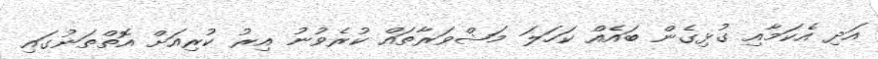
އަދި އެކަމާއި ގުޅިގެން ބައެއް ކަހަލަ މަޝްވަރާތައް ކުރެވުނު އިރު ކުރިއަށް އޮތްތަނުގައި